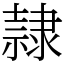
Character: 隷